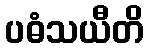
ပဓံသယီတိ